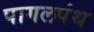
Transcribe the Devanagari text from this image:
पागलपंथ